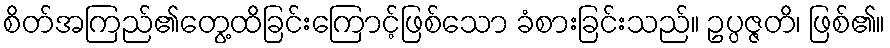
စိတ်အကြည်၏တွေ့ထိခြင်းကြောင့်ဖြစ်သော ခံစားခြင်းသည်။ ဥပ္ပဇ္ဇတိ၊ ဖြစ်၏။